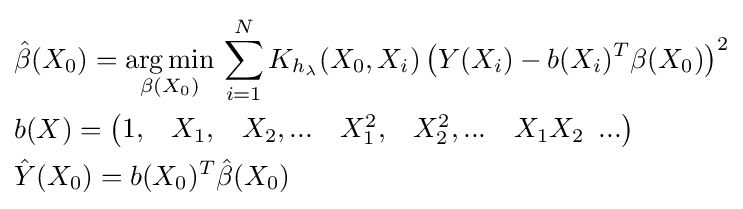
{\begin{aligned}&{\hat {\beta }}(X_{0})={\underset {\beta (X_{0})}{\mathop {\arg \min } }}\,\sum \limits _{i=1}^{N}{K_{h_{\lambda }}(X_{0},X_{i})\left(Y(X_{i})-b(X_{i})^{T}\beta (X_{0})\right)}^{2}\\&b(X)=\left({\begin{matrix}1,&X_{1},&X_{2},...&X_{1}^{2},&X_{2}^{2},...&X_{1}X_{2}\,\,\,...\\\end{matrix}}\right)\\&{\hat {Y}}(X_{0})=b(X_{0})^{T}{\hat {\beta }}(X_{0})\\\end{aligned}}